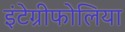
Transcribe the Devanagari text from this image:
इंटेग्रीफोलिया